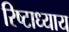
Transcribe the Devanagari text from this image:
रिष्टाध्याय